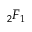
{ } _ { 2 } F _ { 1 }